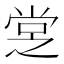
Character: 𡭿